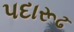
પદારૂઢ